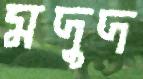
মদুদ